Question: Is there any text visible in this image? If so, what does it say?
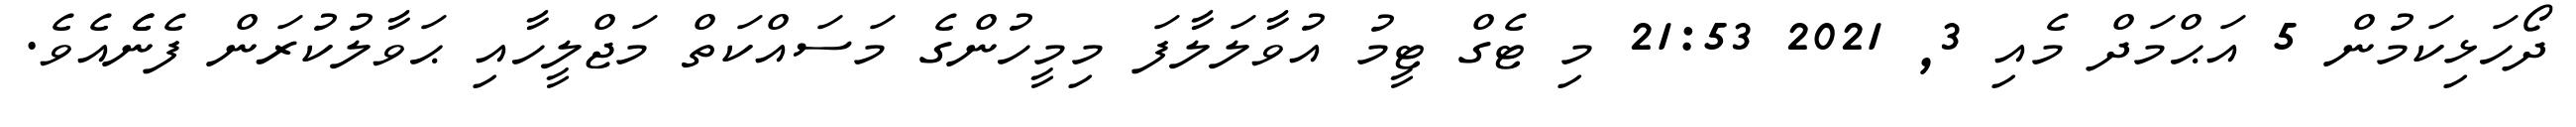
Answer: ދޯހަޅިކަމުން 5 އަޙްމަދް މެއި 3, 2021 21:53 މި ޓެގް ޓީމު އުވާލަލާފަ މިމީހުންގެ މަސައްކަތް މަޖްލީހާއި ޙަވާލުކުރަން ފެނެެއެވެ.